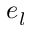
e _ { l }